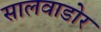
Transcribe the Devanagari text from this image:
सालवाडोर